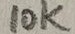
Text: 10K